Report of the veterinary officer investigating camel disease
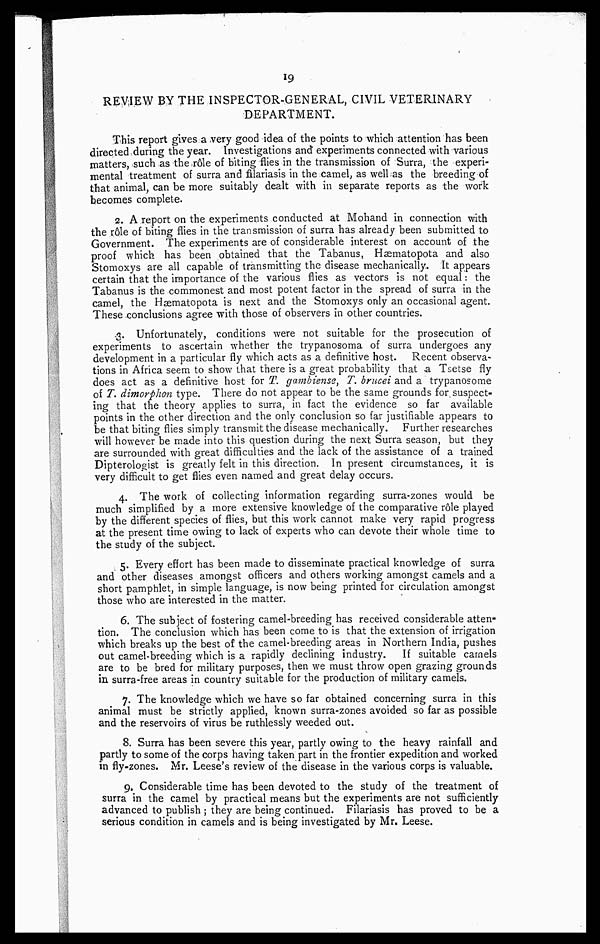
19
REVIEW BY THE INSPECTOR-GENERAL, CIVIL VETERINARY
DEPARTMENT.
This report gives a very good idea of the points to which attention has been
directed during the year. Investigations and experiments connected with various
matters, such as the rô1e of biting flies in the transmission of Surra, the experi-
mental treatment of surra and filariasis in the camel, as well as the breeding of
that animal, can be more suitably dealt with in separate reports as the work
becomes complete.
2. A report on the experiments conducted at Mohand in connection with
the role of biting flies in the transmission of surra has already been submitted to
Government. The experiments are of considerable interest on account of the
proof which has been obtained that the Tabanus, Haematopota and also
Stomoxys are all capable of transmitting the disease mechanically,. It appears
certain that the importance of the various flies as vectors is not equal: the
Tabanus is the commonest and most potent factor in the spread of surra in the
camel, the Haematopota is next and the Stomoxys only an occasional agent.
These conclusions agree with those of observers in other countries.
3. Unfortunately, conditions were not suitable for the prosecution of
experiments to ascertain whether the trypanosoma of surra undergoes any
development in a particular fly which acts as a definitive host. Recent observa-
tions in Africa seem to show that there is a great probability that a Tsetse fly
does act as a definitive host for T. gambiense, T. brucei and a trypanosome
of T. dimorphon type. There do not appear to be the same grounds for suspect-
ing that the theory applies to surra, in fact the evidence so far available
points in the other direction and the only conclusion so far justifiable appears to
be that biting flies simply transmit the disease mechanically. Further researches
will however be made into this question during the next Surra season, but they
are surrounded with great difficulties and the lack of the assistance of a trained
Dipterologist is greatly felt in this direction. In present circumstances, it is
very difficult to get flies even named and great delay occurs.
4. The work of collecting information regarding surra-zones would be
much simplified by a more extensive knowledge of the comparative r6le played
by the different species of flies, but this work cannot make very rapid progress
at the present time owing to lack of experts who can devote their whole time to
the study of the subject.
5. Every effort has been made to disseminate practical knowledge of surra
and other diseases amongst officers and others working amongst camels and a
short pamphlet, in simple language, is now being printed for circulation amongst
those who are interested in the matter.
6. The subject of fostering camel-breeding has received considerable atten-
tion. The conclusion which has been come to is that the extension of irrigation
which breaks up the best of the camel-breeding areas in Northern India, pushes
out camel-breeding which is a rapidly declining industry. If suitable camels
are to be bred for military purposes, then we must throw open grazing grounds
in surra-free areas in country suitable for the production of military camels.
7. The knowledge which we have so far obtained concerning surra in this
animal must be strictly applied, known surra-zones avoided so far as possible
and the reservoirs of virus be ruthlessly weeded out.
8. Surra has been severe this year, partly owing to the heavy rainfall and
partly to some of the corps having taken part in the frontier expedition and worked
in fly-zones. Mr. Leese's review of the disease in the various corps is valuable.
9. Considerable time has been devoted to the study of the treatment of
surra in the camel by practical means but the experiments are not sufficiently
advanced to publish ; they are being continued. Filariasis has proved to be a
serious condition in camels and is being investigated by Mr. Leese.